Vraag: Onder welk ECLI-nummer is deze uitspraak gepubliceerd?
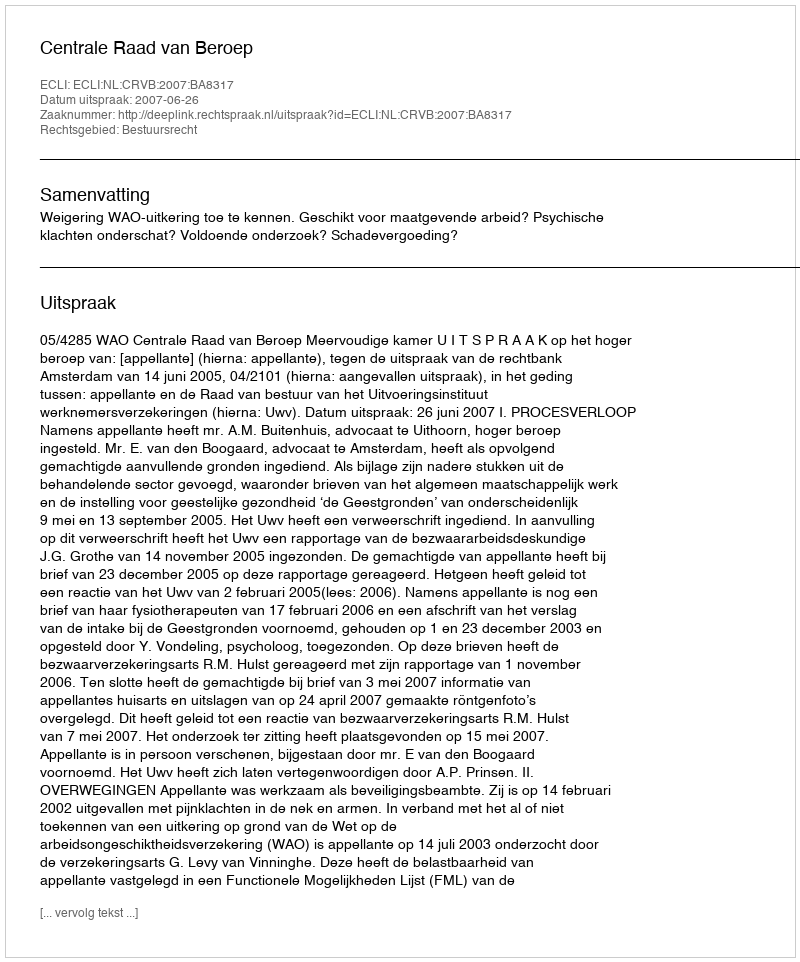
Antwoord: ECLI:NL:CRVB:2007:BA8317